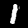
Digit: 1